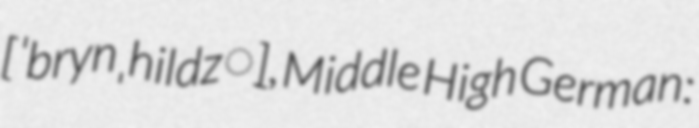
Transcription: [ˈbrynˌhildz̠], Middle High German: